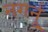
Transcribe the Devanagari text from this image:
नगर्नु